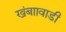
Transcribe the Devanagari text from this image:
खंबाावाडी